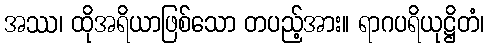
အဿ၊ ထိုအရိယာဖြစ်သော တပည့်အား။ ရာဂပရိယုဋ္ဌိတံ၊